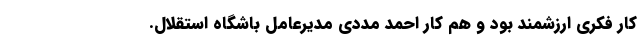
کار فکری ارزشمند بود و هم کار احمد مددی مدیرعامل باشگاه استقلال.